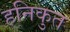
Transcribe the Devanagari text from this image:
हनिकुत